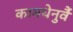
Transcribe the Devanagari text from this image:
कामधेनुर्वै